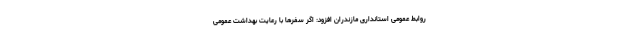
روابط عمومی استانداری مازندران افزود: اگر سفرها با رعایت بهداشت عمومی